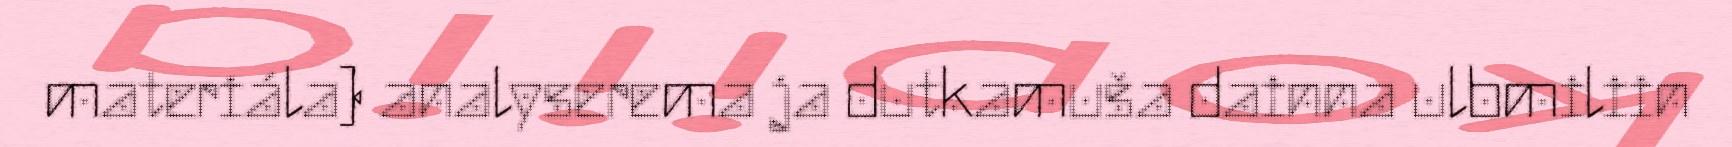
materiála) analyserema ja dutkamuša dainna ulbmiliin